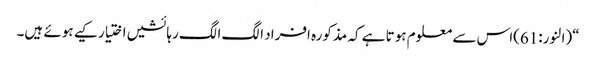
“(النور:61)اس سے معلوم ہوتا ہے کہ مذکورہ افراد الگ الگ رہائشیں اختیار کیے ہوئے ہیں۔